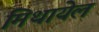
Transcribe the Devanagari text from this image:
मिथायेल